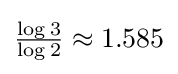
{\tfrac {\log 3}{\log 2}}\approx 1.585